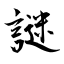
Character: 謎